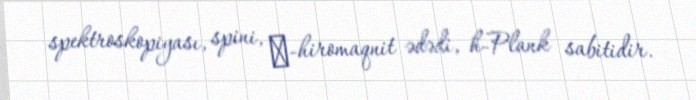
spektroskopiyası, spini, γ-hiromaqnit ədədi, ħ-Plank sabitidir.